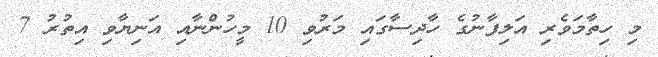
މި ހިތާމަވެރި އަލިފާނުގެ ހާދިސާގައި މަރުވި 10 މީހުންނާއި އަނިޔާވި އިތުރު 7